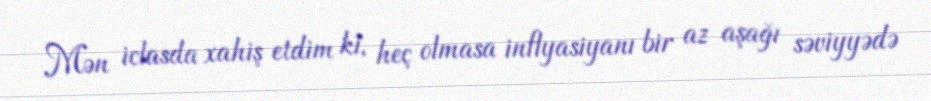
Mən iclasda xahiş etdim ki, heç olmasa inflyasiyanı bir az aşağı səviyyədə